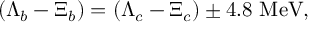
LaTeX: \left( \Lambda _ { b } - \Xi _ { b } \right) = \left( \Lambda _ { c } - \Xi _ { c } \right) \pm 4 . 8 ~ \mathrm { M e V } ,